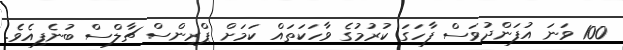
100 ވަނަ އުފަންދުވަސް ފާހަގަ ކުރުމުގެ ވާހަކަތައް ކަމަށް ޕްރިންސް ޗާލްސް ބުނެފިއެވެ.